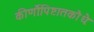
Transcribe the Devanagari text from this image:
कीर्णौःपिष्टातकौधैः